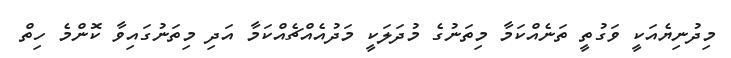
މިދުނިޔެއަކީ ވަގުތީ ތަނެއްކަމާ މިތަނުގެ މުދަލަކީ މަދުއެއްޗެއްކަމާ އަދި މިތަނުގައިވާ ކޮންމެ ހިތް